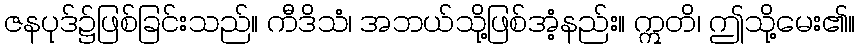
ဇနပုဒ်၌ဖြစ်ခြင်းသည်။ ကီဒိသံ၊ အဘယ်သို့ဖြစ်အံ့နည်း။ ဣတိ၊ ဤသို့မေး၏။